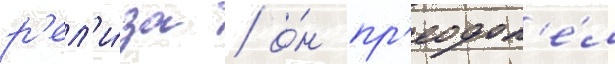
р'ел'и́за / о́н пр'еодол'е́л